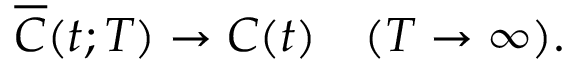
\overline { { C } } ( t ; T ) \to C ( t ) \quad ( T \to \infty ) .